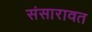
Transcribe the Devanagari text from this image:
संसारावत